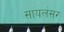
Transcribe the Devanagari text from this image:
सायलंसर